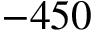
- 4 5 0